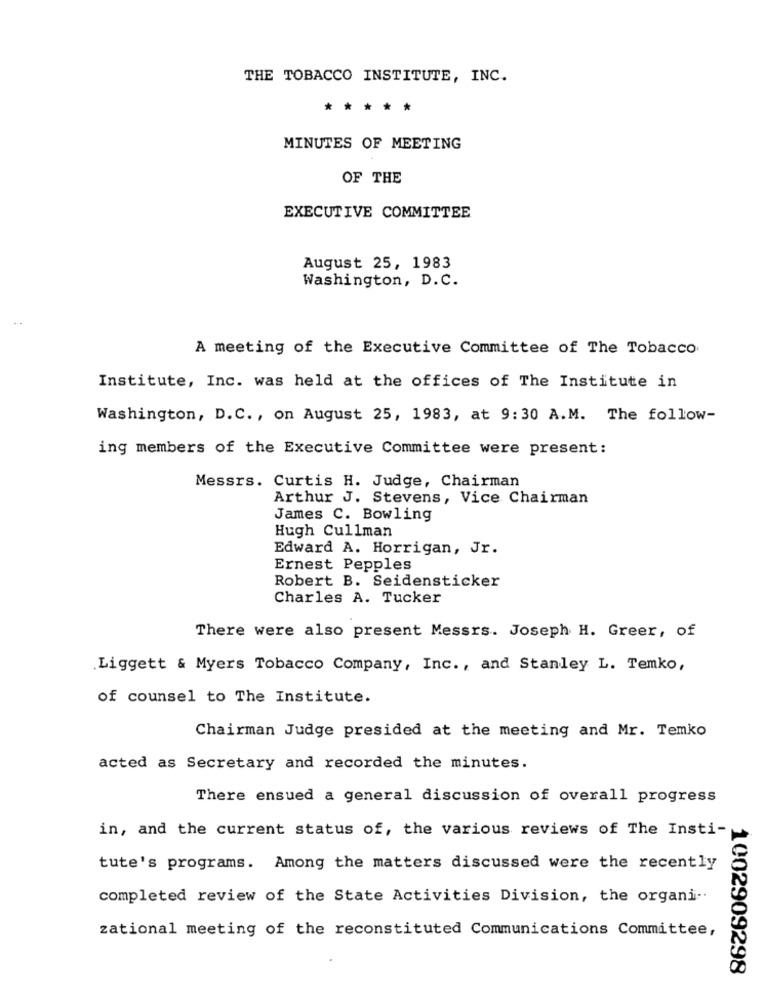
THE TOBACCO INSTITUTE, INC.
*****
MINUTES OF MEETING
OF THE
EXECUTIVE COMMITTEE
August 25, 1983
Washington, D.C.
A meeting of the Executive Committee of The Tobacco
Institute, Inc. was held at the offices of The Institute in
Washington, D.C. , on August 25, 1983, at 9:30 A.M. The follow-
ing members of the Executive Committee were present:
Messrs. Curtis H. Judge, Chairman
Arthur J. Stevens, Vice Chairman
James C. Bowling
Hugh Cullman
Edward A. Horrigan, Jr.
Ernest Pepples
Robert B. Seidensticker
Charles A. Tucker
There were also present Messrs. Joseph H. Greer, of
Liggett & Myers Tobacco Company, Inc ., and Stanley L. Temko,
of counsel to The Institute.
Chairman Judge presided at the meeting and Mr. Temko
acted as Secretary and recorded the minutes.
There ensued a general discussion of overall progress
in, and the current status of, the various reviews of The Insti-
tute's programs. Among the matters discussed were the recently
completed review of the State Activities Division, the organi ..
zational meeting of the reconstituted Communications Committee,
1002909298